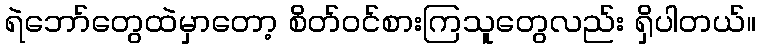
ရဲဘော်တွေထဲမှာတော့ စိတ်ဝင်စားကြသူတွေလည်း ရှိပါတယ်။